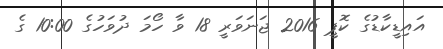
އައިޑީކާޑުގެ ކޮޕީ 2016 ޖަނަވަރީ 18 ވާ ހޯމަ ދުވަހުގެ 10:00 ގެ